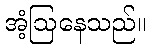
အံ့ဩနေသည်။